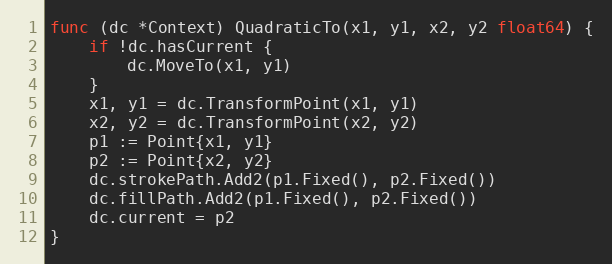
Language: Go
func (dc *Context) QuadraticTo(x1, y1, x2, y2 float64) {
	if !dc.hasCurrent {
		dc.MoveTo(x1, y1)
	}
	x1, y1 = dc.TransformPoint(x1, y1)
	x2, y2 = dc.TransformPoint(x2, y2)
	p1 := Point{x1, y1}
	p2 := Point{x2, y2}
	dc.strokePath.Add2(p1.Fixed(), p2.Fixed())
	dc.fillPath.Add2(p1.Fixed(), p2.Fixed())
	dc.current = p2
}